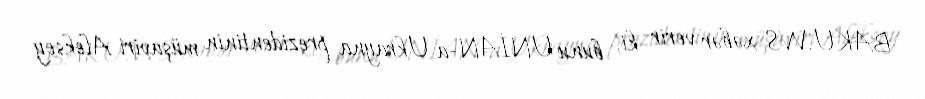
BAKU.WS xəbər verir ki, bunu UNİAN-a Ukrayna prezidentinin müşaviri Aleksey